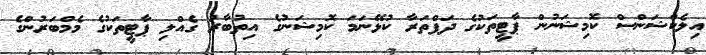
އިލެކްޝަންސް ކޮމިޝަނުން ޕާޓީތަކުގެ ދަފްތަރާ ކުޅޭނަމަ ކޮމިޝަނުގެ އިތުބާރު ގެއްލި ޕާޓީތަކުގެ މެމްބަރުންގެ